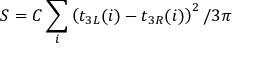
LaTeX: S = C \sum _ { i } \left( t _ { 3 L } ( i ) - t _ { 3 R } ( i ) \right) ^ { 2 } / 3 \pi